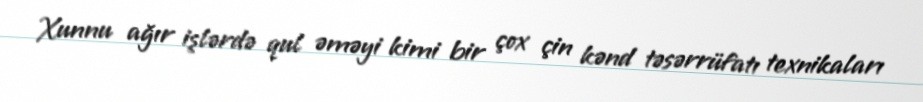
Xunnu ağır işlərdə qul əməyi kimi bir çox çin kənd təsərrüfatı texnikaları